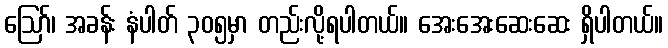
ဪ၊ အခန်း နံပါတ် ၃၀၅မှာ တည်းလို့ရပါတယ်။ အေးအေးဆေးဆေး ရှိပါတယ်။